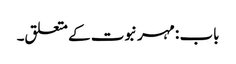
باب : مہر نبوت کے متعلق۔